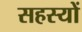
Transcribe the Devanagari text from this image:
सहस्यों